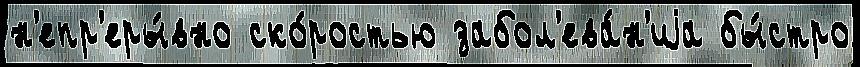
н'епр'еры́вно ско́ростью забол'ева́н'иjа бы́стро